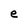
Character: e